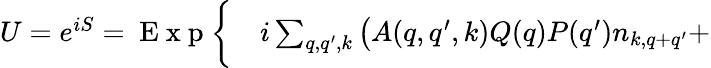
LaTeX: \begin{array}{rl}{U=e^{iS}=\mathrm{~E~x~p~}\bigg\{ }&{{}i\sum_{q,q^{\prime},k}\big(A(q,q^{\prime},k)Q(q)P(q^{\prime})n_{k,q+q^{\prime}}+}\end{array}